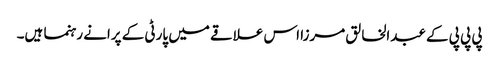
پی پی پی کے عبدالخالق مرزا اس علاقے میں پارٹی کے پرانے رہنما ہیں۔